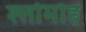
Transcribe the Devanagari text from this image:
श्लोमोह